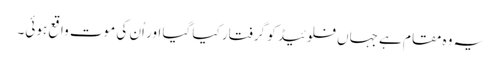
یہ وہ مقام ہے جہاں فلوئیڈ کو گرفتار کیا گیا اور اُن کی موت واقع ہوئی۔